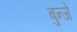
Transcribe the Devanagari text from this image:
बुन्जे